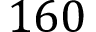
1 6 0